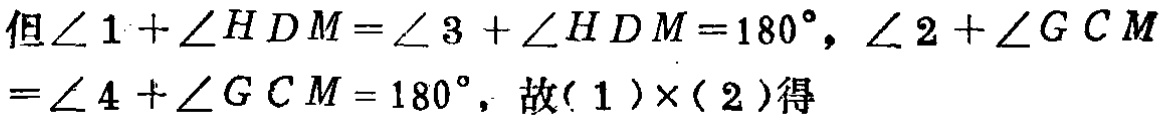
但\(\angle 1 + \angle HDM=\angle 3 + \angle HDM = 180^{\circ}\)，\(\angle 2 + \angle GCM=\angle 4 + \angle GCM = 180^{\circ}\)，故\((1)\times(2)\)得